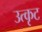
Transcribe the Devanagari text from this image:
उत्कृट